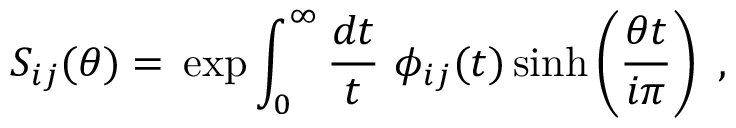
S _ { i j } ( \theta ) = \, \exp \int _ { 0 } ^ { \infty } \frac { d t } { t } \, \, \phi _ { i j } ( t ) \sinh \left( \frac { \theta t } { i \pi } \right) \, \, ,